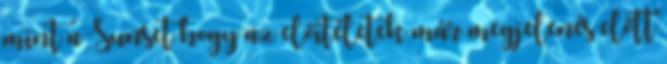
mint a Sunset hogy az előítéletek már megjelenés előtt